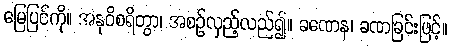
မြေပြင်ကို။ အနုဝိစရိတွာ၊ အစဉ်လှည့်လည်၍။ ခဏေန၊ ခဏခြင်းဖြင့်။